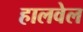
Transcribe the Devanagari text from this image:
हालवेल